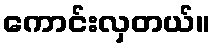
ကောင်းလှတယ်။